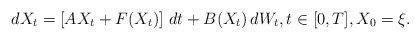
\begin{align*}dX_t= \left[ AX_t + F(X_t) \right] \,dt + B(X_t) \,dW_t, t\in[0,T],X_0=\xi.\end{align*}